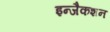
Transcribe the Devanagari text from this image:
इन्जैकशन